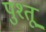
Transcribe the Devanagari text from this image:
पुश्तू